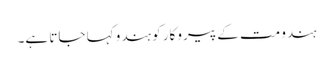
ہندو مت کے پیروکار کو ہندو کہا جاتا ہے۔